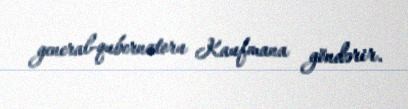
general-qubernatoru Kaufmana göndərir.